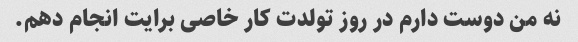
نه من دوست دارم در روز تولدت کار خاصی برایت انجام دهم.